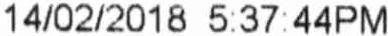
14/02/2018 5:37:44PM